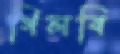
গিলবি